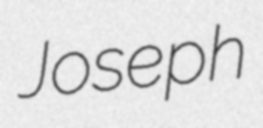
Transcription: Joseph